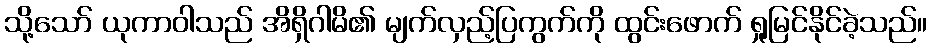
သို့သော် ယုကာဝါသည် အိရှိဂါမိ၏ မျက်လှည့်ပြကွက်ကို ထွင်းဖောက် ရှုမြင်နိုင်ခဲ့သည်။